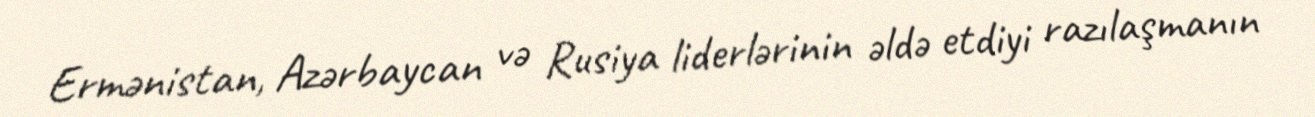
Ermənistan, Azərbaycan və Rusiya liderlərinin əldə etdiyi razılaşmanın